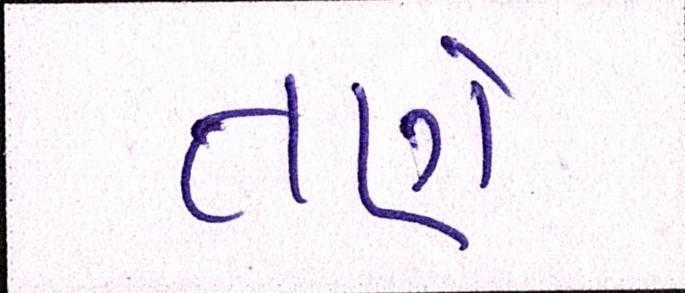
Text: તણે